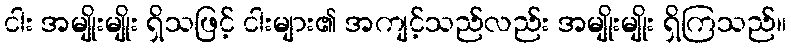
ငါး အမျိုးမျိုး ရှိသဖြင့် ငါးများ၏ အကျင့်သည်လည်း အမျိုးမျိုး ရှိကြသည်။